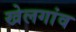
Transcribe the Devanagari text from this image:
खेलगांव